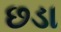
છડા